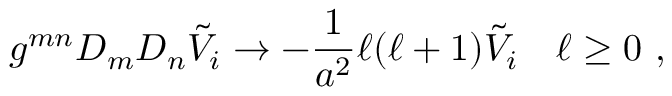
g ^ { m n } D _ { m } D _ { n } \tilde { V } _ { i } \to - \frac { 1 } { a ^ { 2 } } \ell ( \ell + 1 ) \tilde { V } _ { i } \quad \ell \geq 0 ~ ,